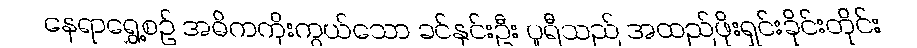
နေရာရွှေ့စဉ် အဓိကကိုးကွယ်သော ခင်နှင်းဦး ပူရီသည် အထည်ဖိုးရှင်းခိုင်းတိုင်း